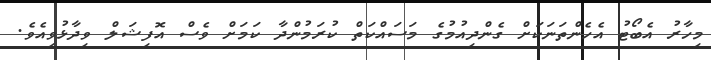
މިހާރު އެބޯޓު އެހެންތަނަކަށް ގެންދިއުމުގެ މަސައްކަތް ކުރަމުންދާ ކަމަށް ވެސް އޮފިޝަލް ވިދާޅުވިއެވެ.